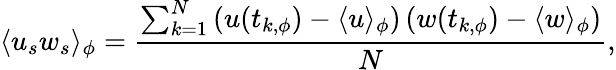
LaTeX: \langle u_{s}w_{s}\rangle_{\phi}=\frac{\sum_{k=1}^{N}\left(u(t_{k,\phi})-\langle u\rangle_{\phi}\right)\left(w(t_{k,\phi})-\langle w\rangle_{\phi}\right)}{N},